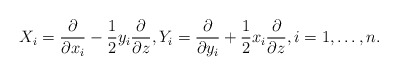
\begin{align*}X_i=\frac{\partial}{\partial x_i}-\frac{1}{2}y_i\frac{\partial}{\partial z},Y_i=\frac{\partial}{\partial y_i}+\frac{1}{2}x_i\frac{\partial }{\partial z},i=1,\ldots ,n.\end{align*}